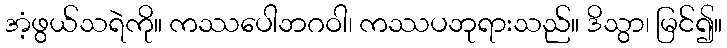
အံ့ဖွယ်သရဲကို။ ကဿပေါဘဂဝါ၊ ကဿပဘုရားသည်။ ဒိသွာ၊ မြင်၍။